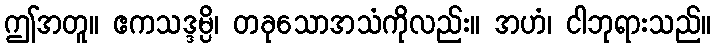
ဤအတူ။ ဧကသဒ္ဒမ္ပိ၊ တခုသောအသံကိုလည်း။ အဟံ၊ ငါဘုရားသည်။